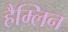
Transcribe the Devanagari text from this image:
हैम्लिन